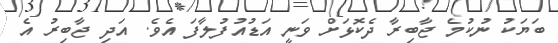
ބަޔަކު ނުކުމެ ޖާބިރާ ދެކޮޅަށް ވަނީ އަޑުއުފުލާފަ އެވެ. އަދި ޖާބިރު އެ